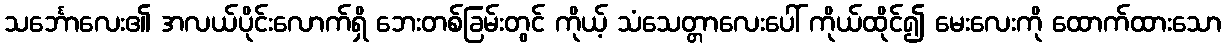
သင်္ဘောလေး၏ အလယ်ပိုင်းလောက်ရှိ ဘေးတစ်ခြမ်းတွင် ကိုယ့် သံသေတ္တာလေးပေါ် ကိုယ်ထိုင်၍ မေးလေးကို ထောက်ထားသော